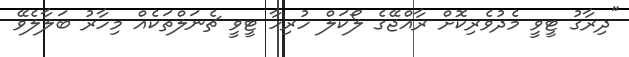
"ދިރާގު ޓީވީ މެދުވެރިކޮށް ރާއްޖޭގެ ލޯކަލް ހުރިހާ ޓީވީ ޗެނަލްތަކެއް މިހާރު ބަލާލެވޭ